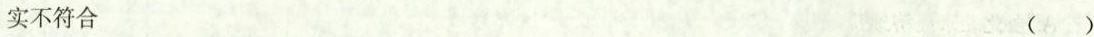
实不符合 ( )